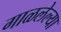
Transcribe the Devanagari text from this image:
गाळलेल्या